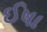
ઈષા